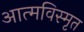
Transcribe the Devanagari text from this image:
आत्‍मविस्‍मृत